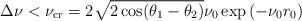
LaTeX: \begin{align*} \Delta\nu < \nu_{\rm cr}=2\sqrt{2\cos(\theta_1-\theta_2)}\nu_0 \exp{(-\nu_0r_0)} \end{align*}